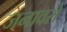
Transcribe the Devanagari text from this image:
जनावरों